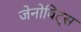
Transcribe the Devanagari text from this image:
जेनोविट्स